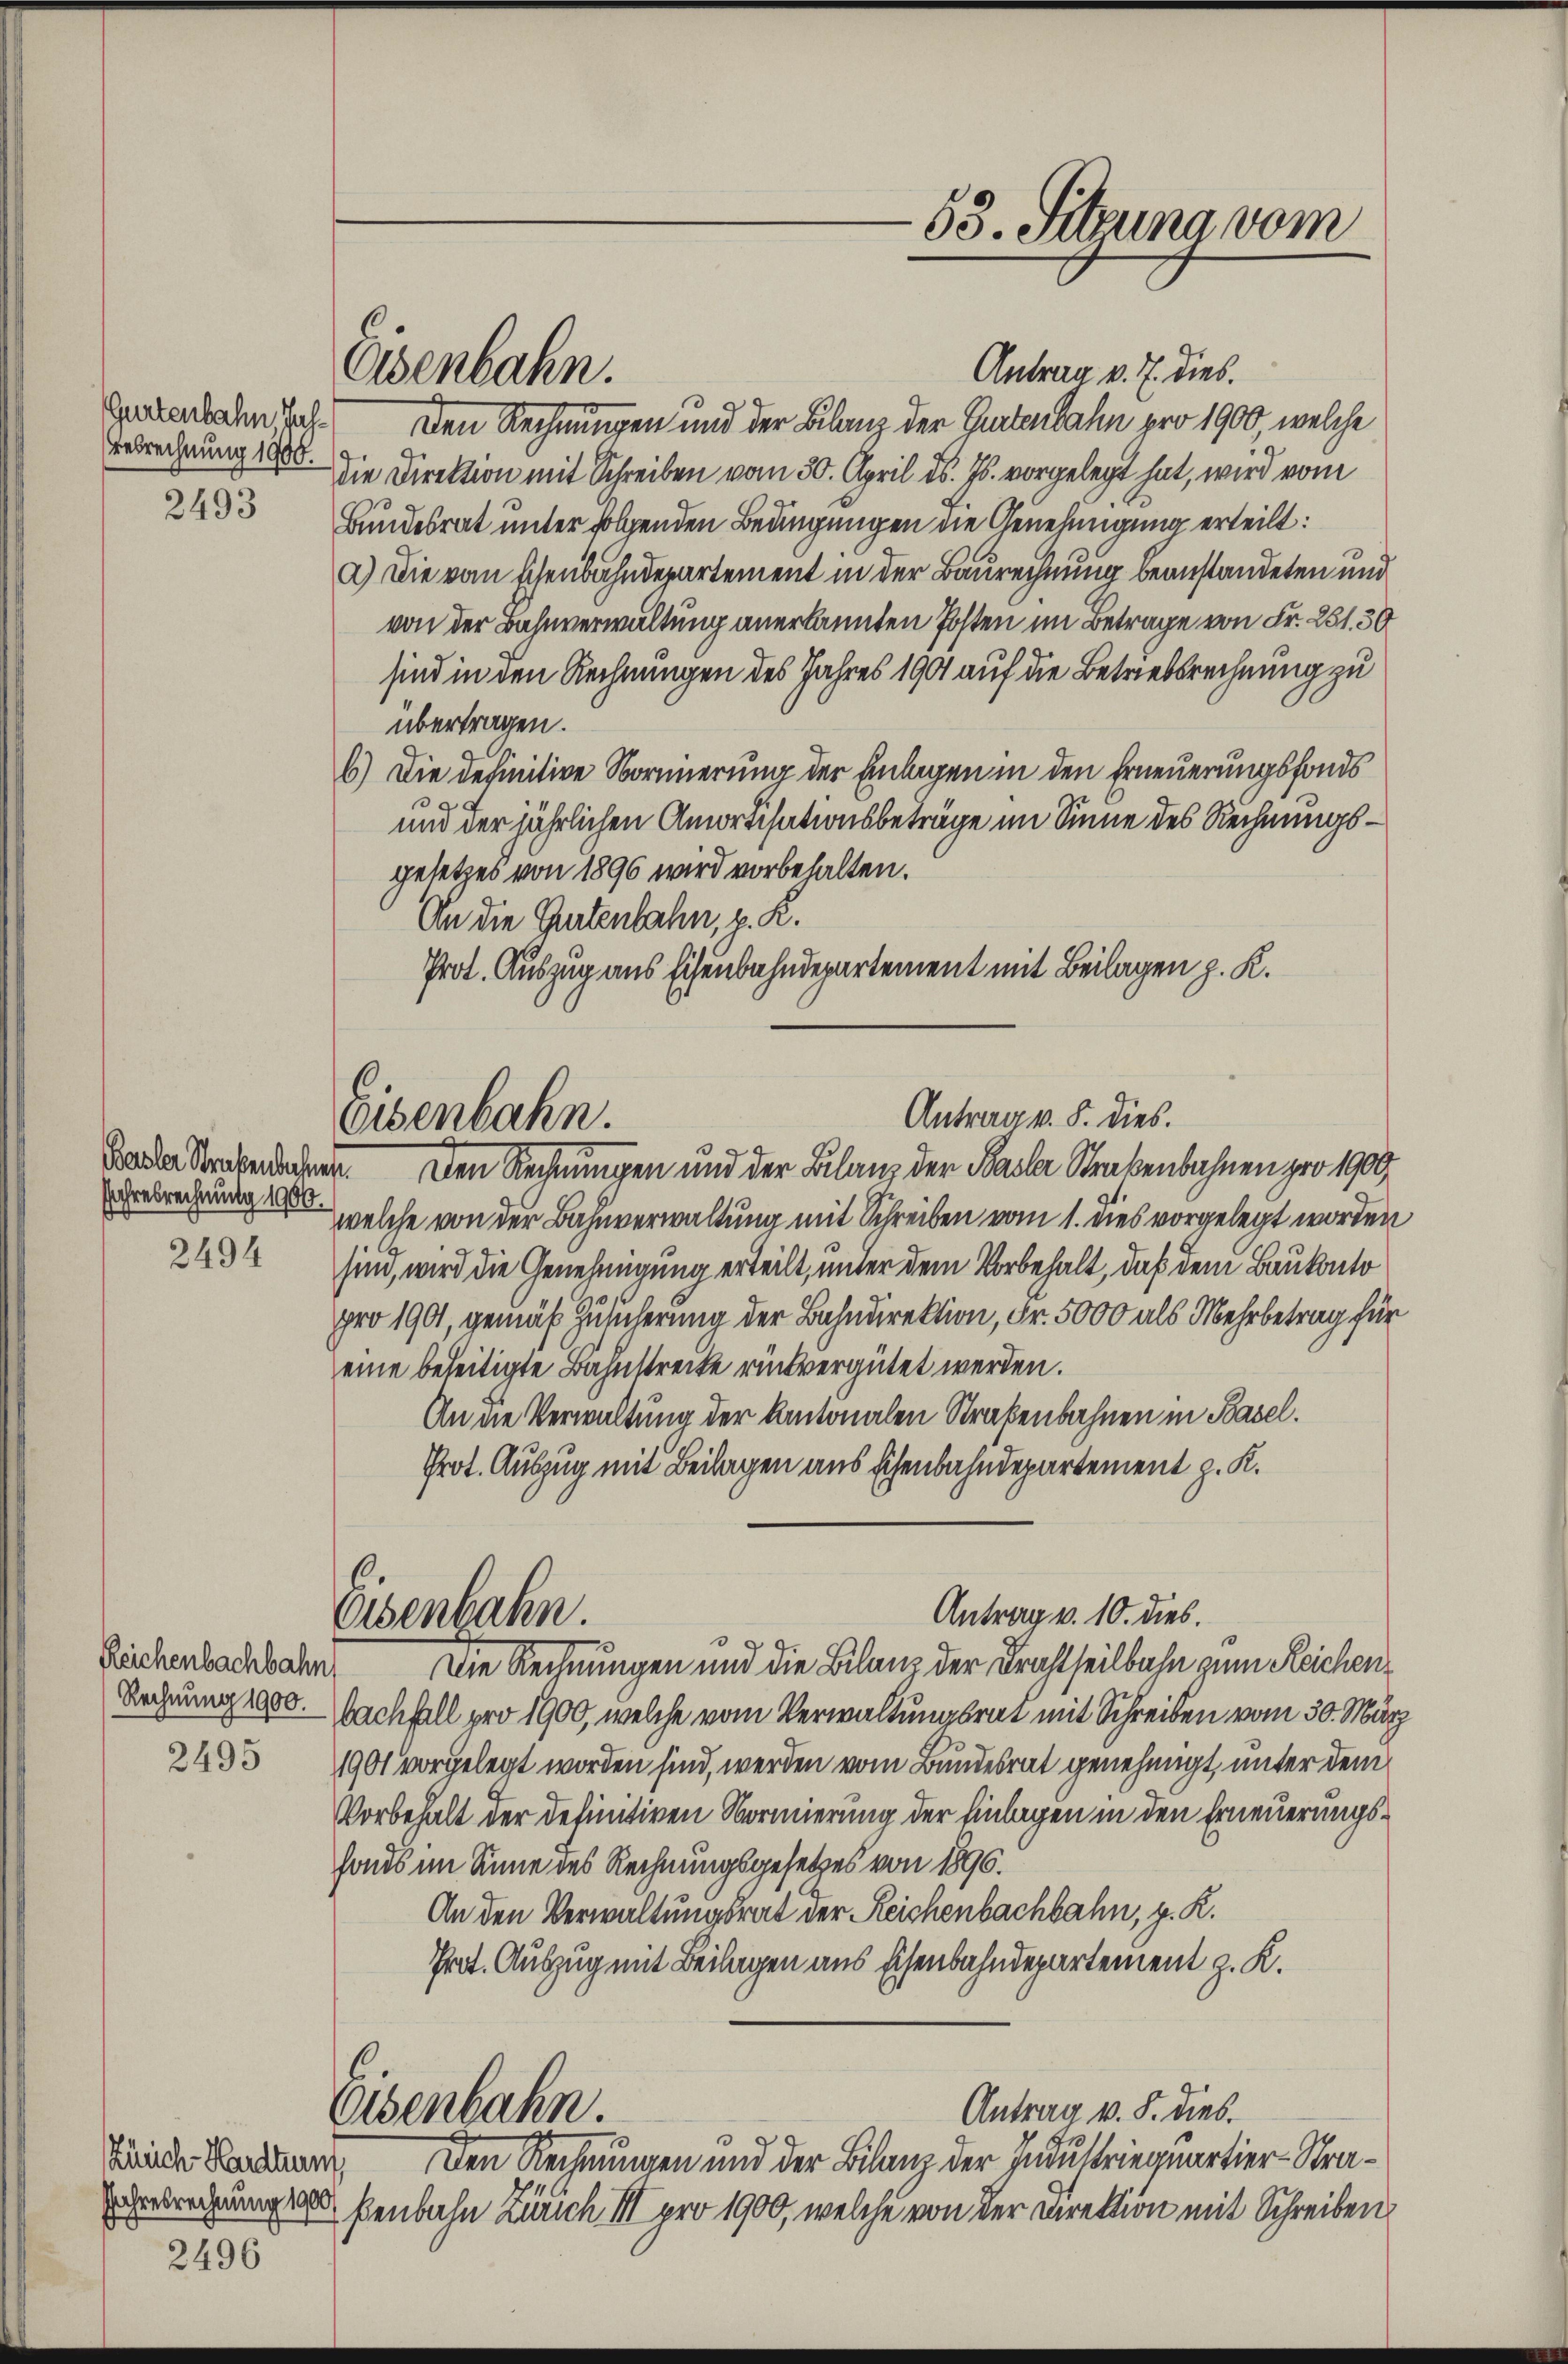
Gurtenbahn Jah¬
Bebrechnung 1900.

2493

Jahresrechnung 1900.

2494

Reichenbachbahn
Rechnung 1900.

2495

Zürich Hardtuum
Jahresrechnung 1900

2496

Eisenbahn.

Eisenbahn.

Eisenbahn.

Antrag v. J. dies.
Den Rechnungen und der Bilanz der Gurtenbahn pro 1900, welche
Die Direktion mit Schreiben vom 30. April d. Js. vorgelegt hat, wird vom
Bundesrat unter folgenden Bedingungen die Genehmigung erteilt:
a.) Die vom schenbahndepartement in der Baurechnung beanstandeten und
von der Bahnverwaltung anerkannten Posten im Betrage von Fr. 251. 30
sind in den Rechnungen des Jahres 1901 auf die Betriebsrechnung zu
übertragen.
b.) Die definitive Normierung der Einlagen in den Erneuerungsfonds
und der jährlichen Amortisationsbeträge im Sinne des Rechnungsgesetzes von 1896 wird vorbehalten.
An die Gartenbahn, z. K.
Prot. Auszug aus Eisenbahndepartement mit Beilagen z. K.

Woder Streberechnen. Den Rechnungen und der Bilanz der Saale Straßenbahnen pro 1909.
welche von der Bahnverwaltung mit Schreiben vom 1. dies vorgelegt worden
sind, wird die Genehmigung erteilt, unter dem Vorbehalt, daß dem Baukonto
pro 1901, gemäß Zusicherung der Bahndirektion, Fr. 5000 als Mehrbetrag für
eine beseitigte Bahnstrecke rückvergütet werden.
An die Verwaltung der Kantonalen Straßenbahnen in Basel.
Prot. Auszug mit Beilagen aus Eisenbahndepartement z. K.
Die Rechnungen und die Bilanz der Drahtheilbahn zum Reichen¬
Nachfall pro 1900, welche vom Verwaltungsrat mit Schreiben vom 30. März
1901 vorgelegt worden sind, werden vom Bundesrat genehmigt, unter dem
Vorbehalt der definitiven Normierung der Einlagen in den Erneuerungsfonds im Sinne des Rechnungsgesetzes von 1896.
An den Verwaltungsrat der Reichenbachbahn, z. R.
Prat. Auszug mit Beilagen aus Eisenbahndepartement z. K.
Osenbahn.
Antrag v. 8. dies.
Den Rechnungen und der Bilanz der Industriequartier-Straßenbahn Zürich III pro 1900, welche von der Direktion mit Schreiben

53. Sibuna vom

Antrag v. 5. dies.

Antrag v. 10. dies.